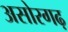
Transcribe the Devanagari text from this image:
असोरगढ़